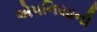
એપનિયાની